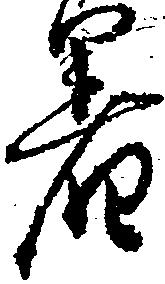
着